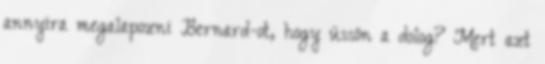
annyira megalapozni Bernard-ot, hogy üssön a dolog? Mert azt